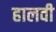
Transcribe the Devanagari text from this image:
हालवी